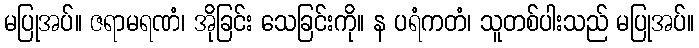
မပြုအပ်။ ဇရာမရဏံ၊ အိုခြင်း သေခြင်းကို။ န ပရံကတံ၊ သူတစ်ပါးသည် မပြုအပ်။